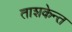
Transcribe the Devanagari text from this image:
ताशकेन्त